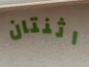
اثنتان